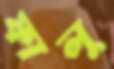
ফালু